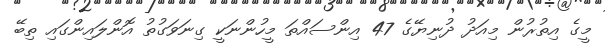
މީގެ އިތުރުން މިއަދު ދުނިޔޭގެ 47 އިންސައްތަ މީހުންނަކީ ގިނަވަގުތު އޮންލައިންގައި ތިބޭ